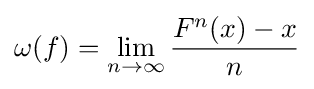
\omega (f)=\lim _{n\to \infty }{\frac {F^{n}(x)-x}{n}}